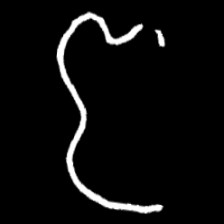
Pyu character \u2014 Myanmar letter: ဇ (romanized: ja)